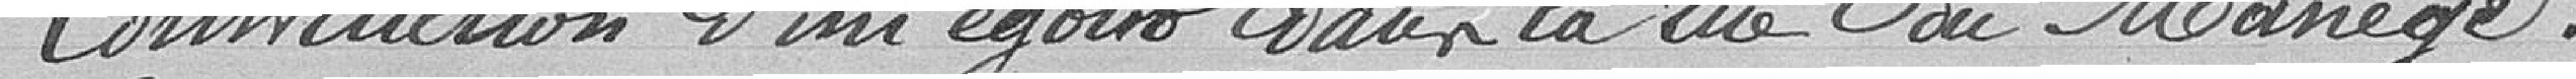
Construction d'un égoût dans la rue du manège